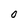
Character: O